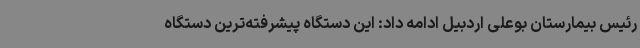
رئیس بیمارستان بوعلی اردبیل ادامه داد: این دستگاه پیشرفته‌ترین دستگاه